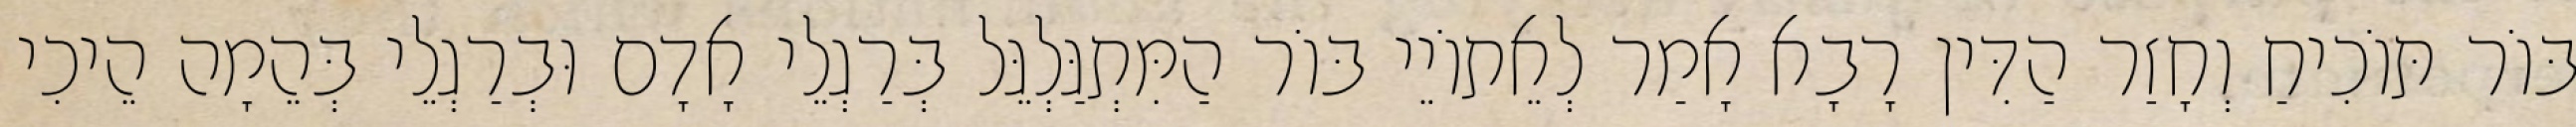
בּוֹר תּוֹכִיחַ וְחָזַר הַדִּין רָבָא אָמַר לְאֵתוֹיֵי בּוֹר הַמִּתְגַּלְגֵּל בְּרַגְלֵי אָדָם וּבְרַגְלֵי בְּהֵמָה הֵיכִי